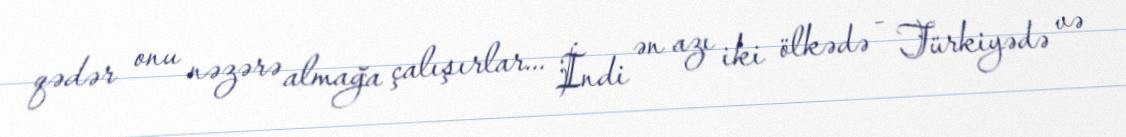
qədər onu nəzərə almağa çalışırlar... İndi ən azı iki ölkədə - Türkiyədə və